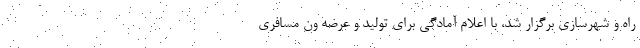
راه‌ و شهرسازی برگزار شد، با اعلام آمادگی برای تولید و عرضه ون مسافری